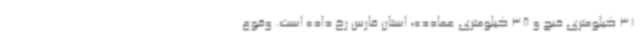
31 کیلومتری خنج و 38 کیلومتری عمادده، استان فارس رخ داده است. وقوع